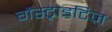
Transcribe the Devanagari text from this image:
गैस्ट्राइटिज़